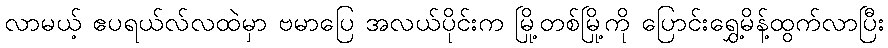
လာမယ့် ဧပရယ်လ်လထဲမှာ ဗမာပြေ အလယ်ပိုင်းက မြို့တစ်မြို့ကို ပြောင်းရွှေ့မိန့်ထွက်လာပြီး